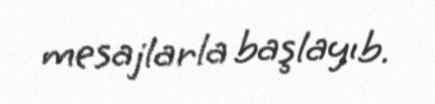
mesajlarla başlayıb.